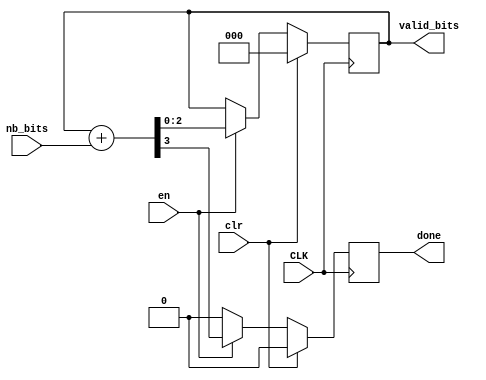
`timescale 1ns / 1ps


module bits_counter(
    input CLK,
    input clr,
    input en,
    input [2:0] nb_bits,
    output [2:0] valid_bits,
    output done
    );
    
    reg [2:0] k;
    reg carry;
    
    always @ (posedge CLK) begin
        if (clr) begin
            {carry, k[2:0]} <= 4'b0000;
        end
        else if (en) begin
            {carry, k[2:0]} <= k[2:0] + nb_bits;
        end
        else begin
            k[2:0] <= k[2:0];
            carry <= 1'b0;
        end
    end

    assign valid_bits = k;
    assign done = carry;
    
endmodule